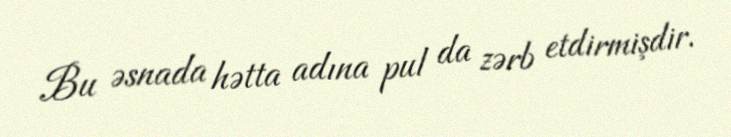
Bu əsnada hətta adına pul da zərb etdirmişdir.